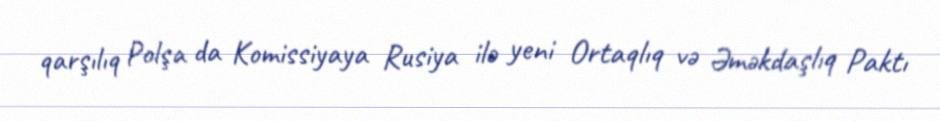
qarşılıq Polşa da Komissiyaya Rusiya ilə yeni Ortaqlıq və Əməkdaşlıq Paktı